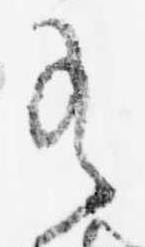
有